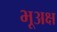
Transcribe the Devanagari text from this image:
भूअक्ष